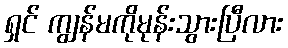
ရှင် ကျွန်မကိုမုန်းသွားပြီလား